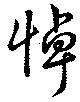
悼